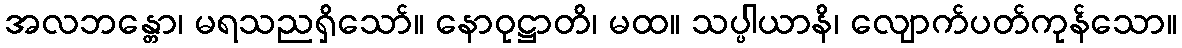
အလဘန္တော၊ မရသညရှိသော်။ နောဝုဋ္ဌာတိ၊ မထ။ သပ္ပါယာနိ၊ လျောက်ပတ်ကုန်သော။